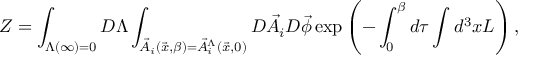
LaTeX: { \cal Z } = \int _ { \Lambda ( \infty ) = 0 } D \Lambda \int _ { { \vec { A } } _ { i } ( { \vec { x } } , \beta ) = { \vec { A } } _ { i } ^ { \Lambda } ( { \vec { x } } , 0 ) } { D } { \vec { A } } _ { i } D { \vec { \phi } } \exp \left( - \int _ { 0 } ^ { \beta } d \tau \int d ^ { 3 } x L \right) ,